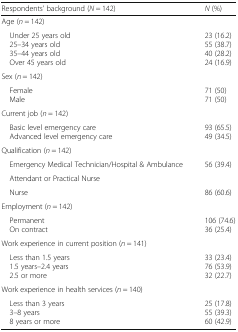
<table><thead><tr><td><b>Respondents’ background (<i>N</i> = 142)</b></td><td><b><i>N</i> (%)</b></td></tr></thead><tbody><tr><td>Age (<i>n</i> = 142)</td><td></td></tr><tr><td> Under 25 years old 25–34 years old 35–44 years old Over 45 years old</td><td>23 (16.2)55 (38.7)40 (28.2)24 (16.9)</td></tr><tr><td>Sex (<i>n</i> = 142)</td><td></td></tr><tr><td> Female Male</td><td>71 (50)71 (50)</td></tr><tr><td>Current job (<i>n</i> = 142)</td><td></td></tr><tr><td> Basic level emergency care Advanced level emergency care</td><td>93 (65.5)49 (34.5)</td></tr><tr><td>Qualification (<i>n</i> = 142)</td><td></td></tr><tr><td> Emergency Medical Technician/Hospital &amp; Ambulance</td><td>56 (39.4)</td></tr><tr><td> Attendant or Practical Nurse</td><td></td></tr><tr><td> Nurse</td><td>86 (60.6)</td></tr><tr><td>Employment (<i>n</i> = 142)</td><td></td></tr><tr><td> Permanent On contract</td><td>106 (74.6)36 (25.4)</td></tr><tr><td>Work experience in current position (<i>n</i> = 141)</td><td></td></tr><tr><td> Less than 1.5 years 1.5 years–2.4 years 2.5 or more</td><td>33 (23.4)76 (53.9)32 (22.7)</td></tr><tr><td>Work experience in health services (<i>n</i> = 140)</td><td></td></tr><tr><td> Less than 3 years 3–8 years 8 years or more</td><td>25 (17.8)55 (39.3)60 (42.9)</td></tr></tbody></table>